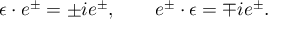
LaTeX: \epsilon \cdot e ^ { \pm } = \pm i e ^ { \pm } , \qquad e ^ { \pm } \cdot \epsilon = \mp i e ^ { \pm } .